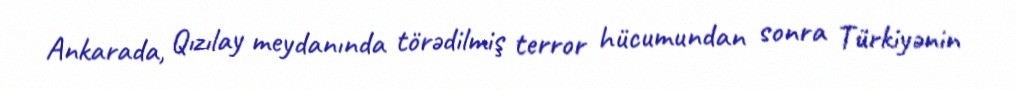
Ankarada, Qızılay meydanında törədilmiş terror hücumundan sonra Türkiyənin